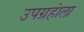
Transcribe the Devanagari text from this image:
उपग्रहांला